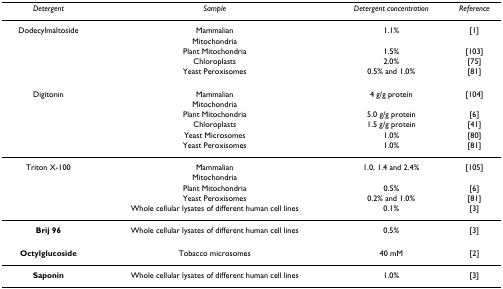
<table><thead><tr><td><b><i>Detergent</i></b></td><td><b><i>Sample</i></b></td><td><b><i>Detergent concentration</i></b></td><td><b><i>Reference</i></b></td></tr></thead><tbody><tr><td>Dodecylmaltoside</td><td>Mammalian</td><td>1.1%</td><td>[1]</td></tr><tr><td></td><td>Mitochondria</td><td></td><td></td></tr><tr><td></td><td>Plant Mitochondria</td><td>1.5%</td><td>[103]</td></tr><tr><td></td><td>Chloroplasts</td><td>2.0%</td><td>[75]</td></tr><tr><td></td><td>Yeast Peroxisomes</td><td>0.5% and 1.0%</td><td>[81]</td></tr><tr><td>Digitonin</td><td>Mammalian</td><td>4 g/g protein</td><td>[104]</td></tr><tr><td></td><td>Mitochondria</td><td></td><td></td></tr><tr><td></td><td>Plant Mitochondria</td><td>5.0 g/g protein</td><td>[6]</td></tr><tr><td></td><td>Chloroplasts</td><td>1.5 g/g protein</td><td>[41]</td></tr><tr><td></td><td>Yeast Microsomes</td><td>1.0%</td><td>[80]</td></tr><tr><td></td><td>Yeast Peroxisomes</td><td>1.0%</td><td>[81]</td></tr><tr><td>Triton X-100</td><td>Mammalian</td><td>1.0, 1.4 and 2.4%</td><td>[105]</td></tr><tr><td></td><td>Mitochondria</td><td></td><td></td></tr><tr><td></td><td>Plant Mitochondria</td><td>0.5%</td><td>[6]</td></tr><tr><td></td><td>Yeast Peroxisomes</td><td>0.2% and 1.0%</td><td>[81]</td></tr><tr><td></td><td>Whole cellular lysates of different human cell lines</td><td>0.1%</td><td>[3]</td></tr><tr><td><b>Brij 96</b></td><td>Whole cellular lysates of different human cell lines</td><td>0.5%</td><td>[3]</td></tr><tr><td><b>Octylglucoside</b></td><td>Tobacco microsomes</td><td>40 mM</td><td>[2]</td></tr><tr><td><b>Saponin</b></td><td>Whole cellular lysates of different human cell lines</td><td>1.0%</td><td>[3]</td></tr></tbody></table>